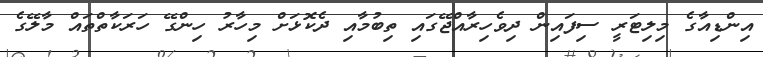
އިންޑިއާގެ މިލިޓަރީ ސިފައިން ދިވެހިރާއްޖޭގައި ތިބުމާއި ދެކޮޅަށް މިހާރު ހިންގޭ ހަރަކާތްތައް މާލޭގެ